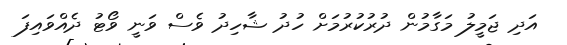
އަދި ޖަމީލު މަގާމުން ދުރުކުރުމަށް ހުދު ޝާހިދު ވެސް ވަނީ ވޯޓު ދެއްވައިފަ